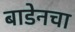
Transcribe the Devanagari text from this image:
बाडेनचा